Madras plague regulations and rules - Volume 1
Disease focus: Plague
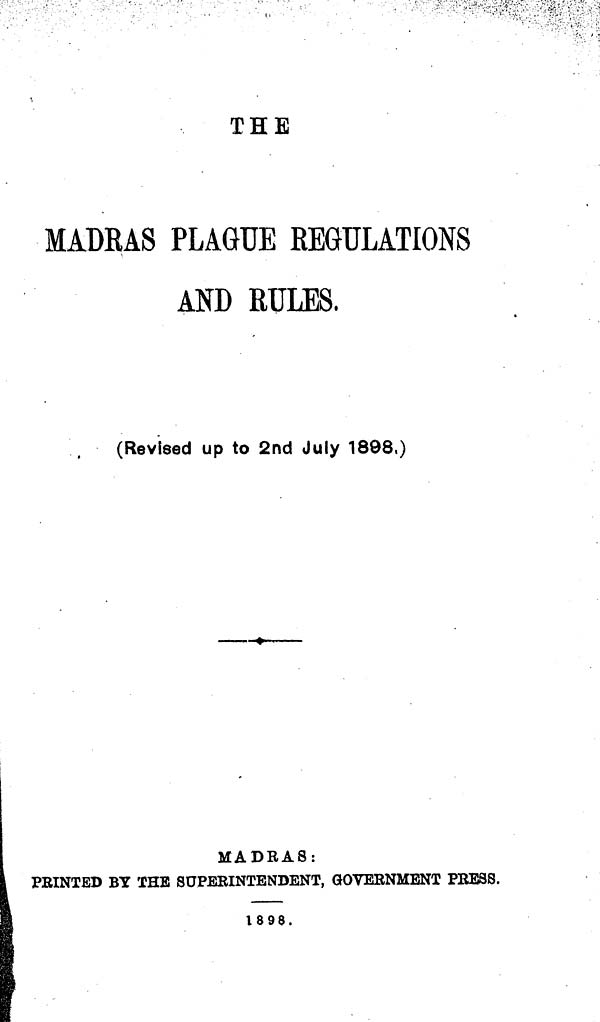
THE
MADRAS PLAGUE REGULATIONS
AND RULES.
(Revised up to 2nd July 1898.)
MADRAS:
PRINTED BY THE SUPERINTENDENT, GOVERNMENT PRESS.
1898.